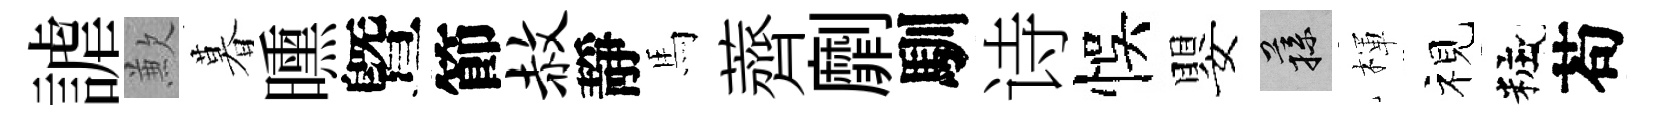
謔歉暮曛曁節赦靜馬薺劘馴诗悞嬰蓀楎视粧苟